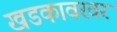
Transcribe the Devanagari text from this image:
खडकावरवर